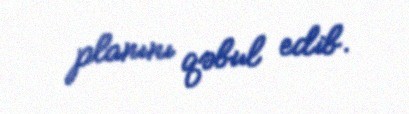
planını qəbul edib.